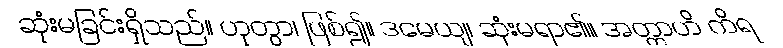
ဆုံးမခြင်းရှိသည်။ ဟုတွာ၊ ဖြစ်၍။ ဒမေယျ၊ ဆုံးမရာ၏။ အတ္တာဟိ ကိရ